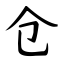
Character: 仓